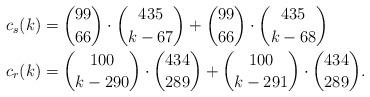
LaTeX: \begin{align*} c_s(k) &= \binom{99}{66} \cdot \binom{435}{k - 67} + \binom{99}{66} \cdot \binom{435}{k - 68} \\c_r(k) &= \binom{100}{k - 290} \cdot \binom{434}{289} + \binom{100}{k - 291} \cdot \binom{434}{289}. \end{align*}